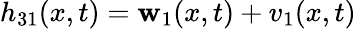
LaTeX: h_{31}(x,t)=\mathbf{w}_{1}(x,t)+v_{1}(x,t)